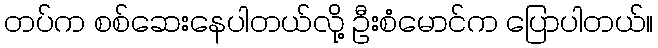
တပ်က စစ်ဆေးနေပါတယ်လို့ ဦးစံမောင်က ပြောပါတယ်။